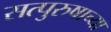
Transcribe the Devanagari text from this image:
सत्पुरुषाच्या